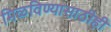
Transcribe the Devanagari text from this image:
मिळविण्यासाठीही